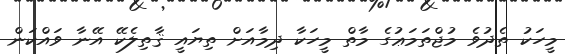
މީހަކު ތެދުވެ މުޖްތަމަޢުގެ މާތް މީހަކާ ދިމާއަށް ތިޔައީ ޤާތިލެކޭ އޭނާ ވައްކަން